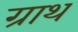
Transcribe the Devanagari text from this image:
ग्राथ